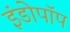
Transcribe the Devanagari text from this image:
इंडोपॉप